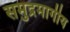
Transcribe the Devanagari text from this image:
समुद्रमार्गीय